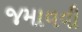
જમાવવી